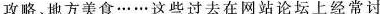
攻略、地方美食……这些过去在网站论坛上经常讨